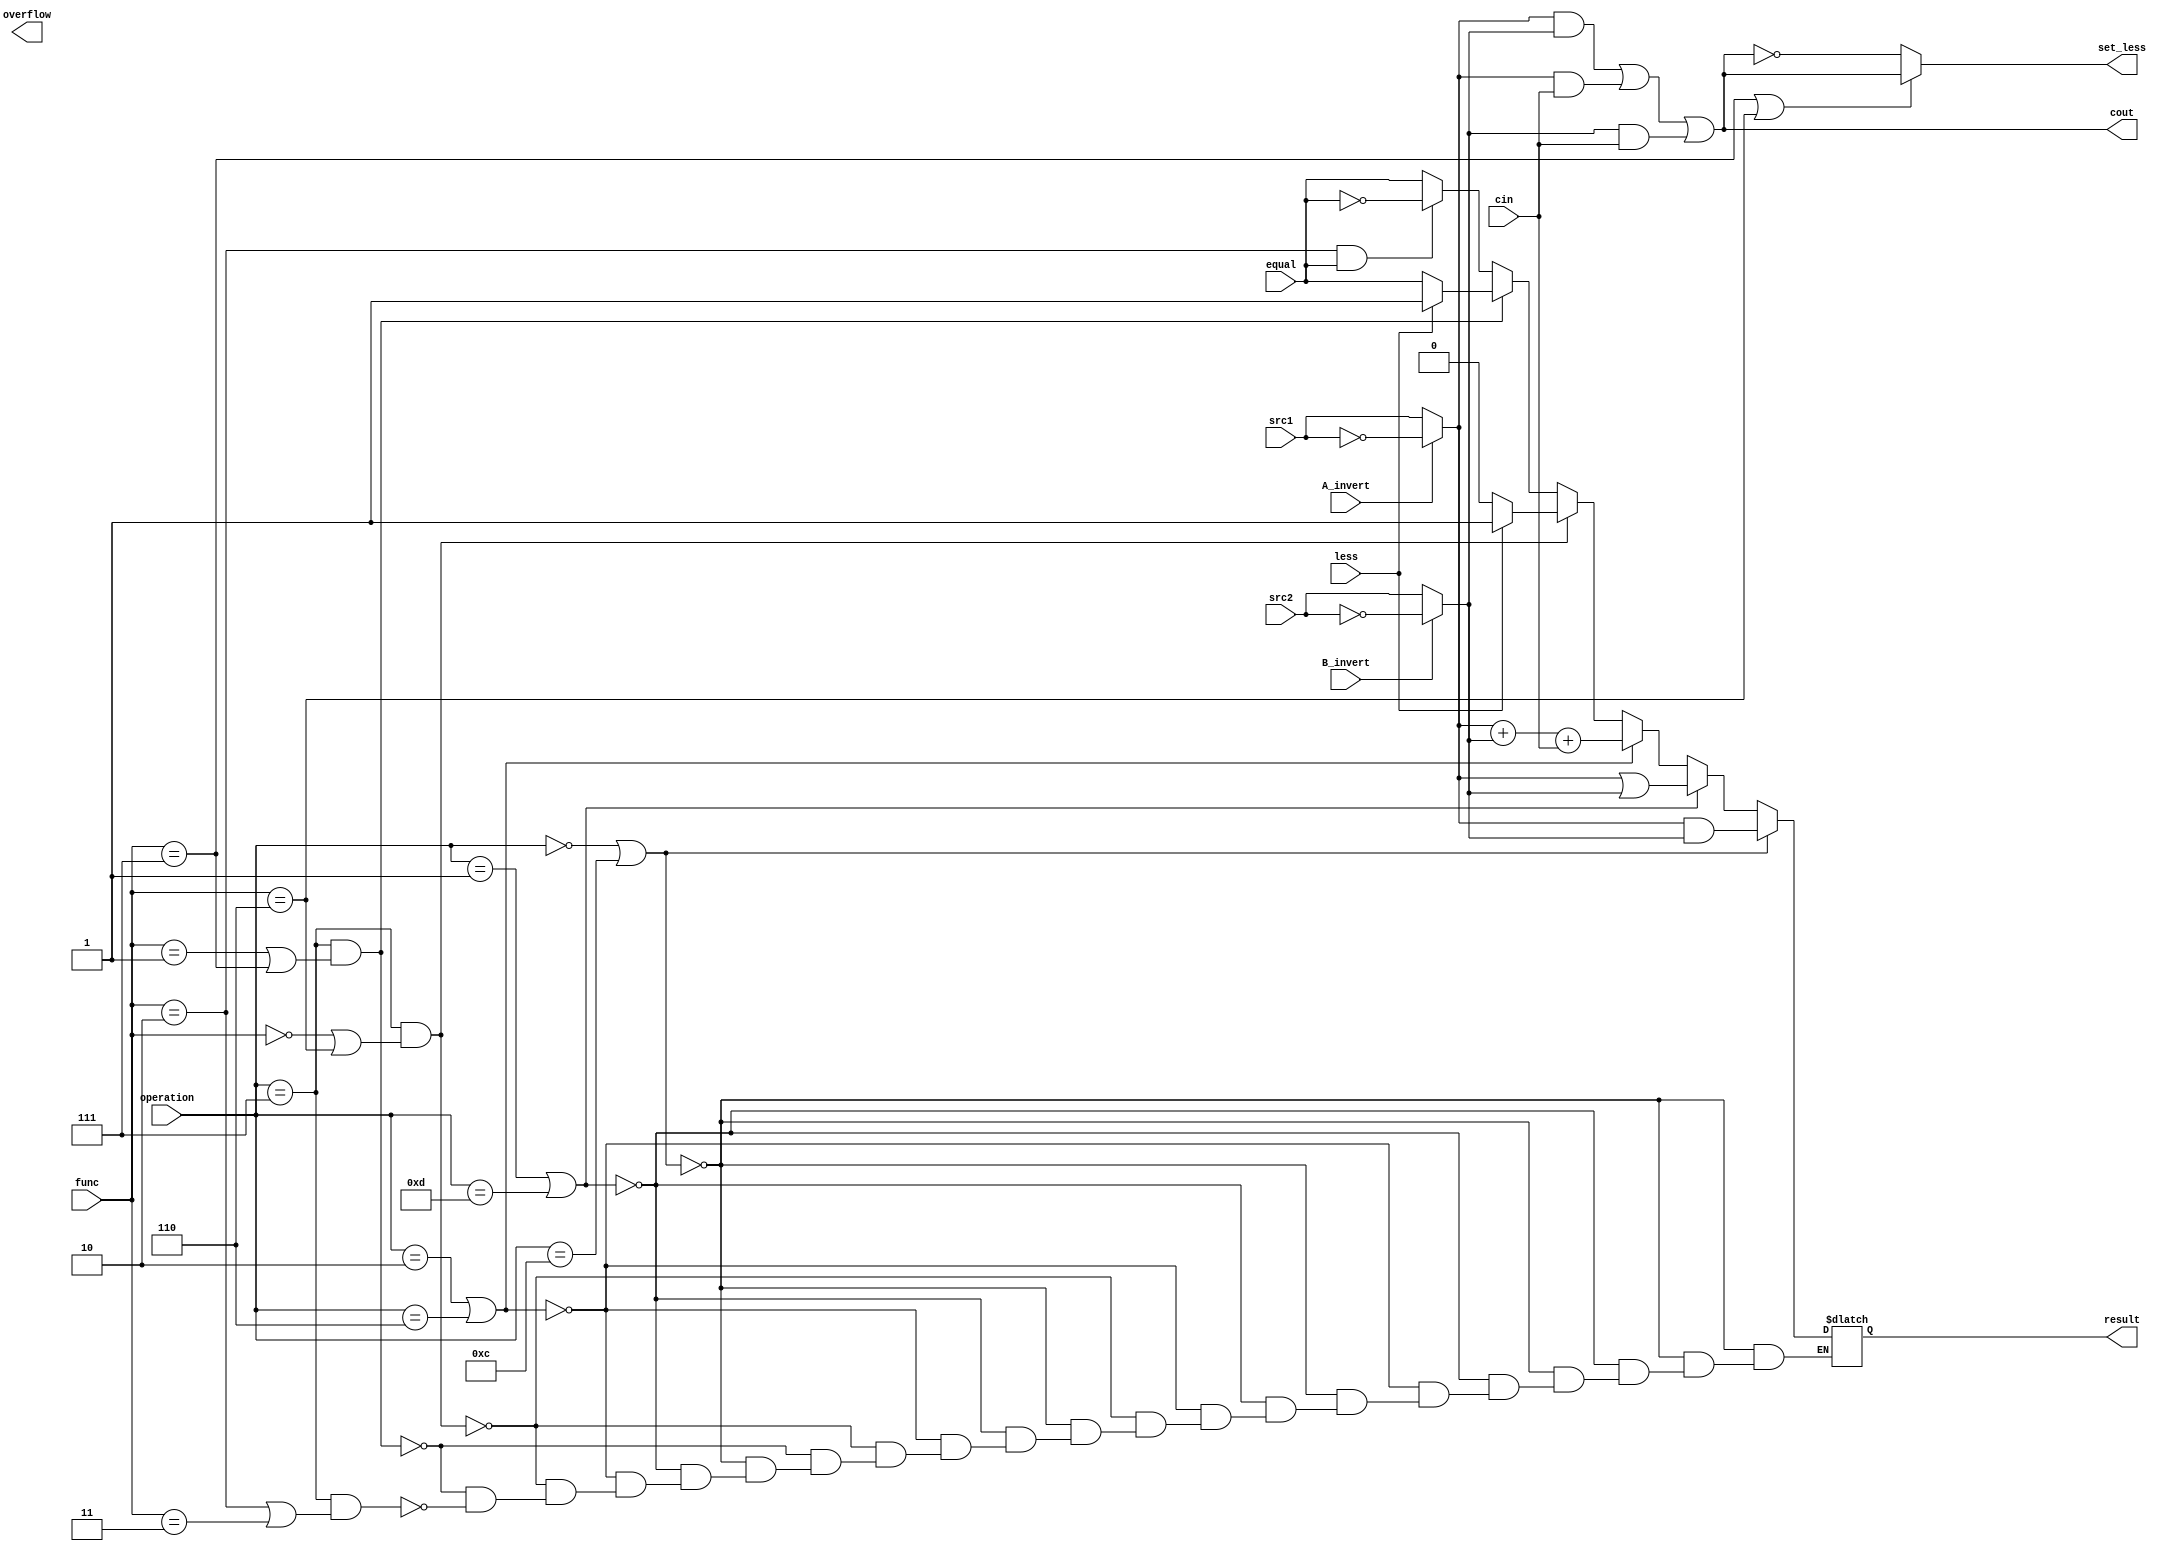
//0516329 R
//0511097 f

`timescale 1ns / 1ps

module alu_bottom(
      src1,       //1 bit source 1 (input)
      src2,       //1 bit source 2 (input)
      less,       //1 bit less     (input)
      equal,      //1 bit equal  (input)
      A_invert,   //1 bit A_invert (input)
      B_invert,   //1 bit B_invert (input)
      cin,        //1 bit carry in (input)
      operation,  //operation      (input)
      func,       //function        (input)
      result,     //1 bit result   (output)
      cout,       //1 bit carry out(output)
      overflow,
      set_less
    );
  
input         src1;
input         src2;
input         less;
input         equal;
input         A_invert;
input         B_invert;
input         cin;
input [4-1:0] operation;
input [3-1:0] func;

output        result;
output     cout;
output set_less;
output overflow;

reg           result;
wire src1temp,src2temp,overflow;

assign src1temp = (A_invert)? ~src1:src1;
assign src2temp = (B_invert)? ~src2:src2;

assign cout = (src1temp && src2temp)||(src1temp && cin)||(src2temp && cin);
assign set_less = (func == 3'b111 || func == 3'b110)? cout : ~cout;

always @(*) begin
    if(operation == 4'b0000 || operation == 4'b1100) result = src1temp & src2temp;
    else if(operation == 4'b0001 || operation == 4'b1101) result = src1temp | src2temp;
    else if(operation == 4'b0010 || operation == 4'b0110) result = src1temp + src2temp + cin;
    
    else if(operation == 4'b0111 && (func == 3'b000 || func == 3'b110)) result = (less)? 1'b1 : 1'b0;
    else if(operation == 4'b0111 && (func == 3'b001 || func == 3'b111)) result = (less)? less : equal;
    else if(operation == 4'b0111 && (func == 3'b010 || func == 3'b011)) result = (func == 3'b010 && equal)? ~equal : equal;
    
    else result = result;
end
endmodule